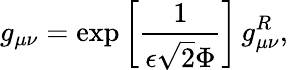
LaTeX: g_{\mu\nu}=\exp\left[\frac{1}{\epsilon\sqrt{2}\Phi}\right]\, g_{\mu\nu}^{R},